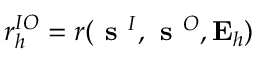
r _ { h } ^ { I O } = r ( \textbf { s } ^ { I } , \textbf { s } ^ { O } , \mathbf { E } _ { h } )